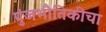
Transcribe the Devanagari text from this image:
पुंजभौतिकीचा